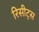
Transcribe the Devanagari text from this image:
रिसीट्स